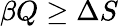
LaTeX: \beta Q\ge\Delta S